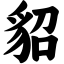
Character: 貂